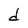
Character: d